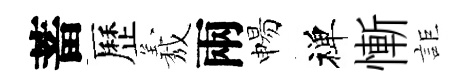
蓄歷𦏁兩惕禅慚詎